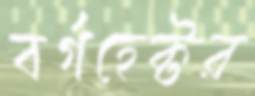
বর্গহেক্টর